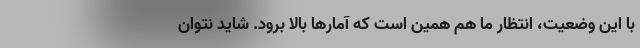
با این وضعیت، انتظار ما هم همین است که آمارها بالا برود. شاید نتوان